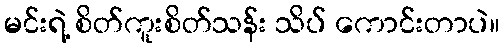
မင်းရဲ့ စိတ်ကူးစိတ်သန်း သိပ် ကောင်းတာပဲ။